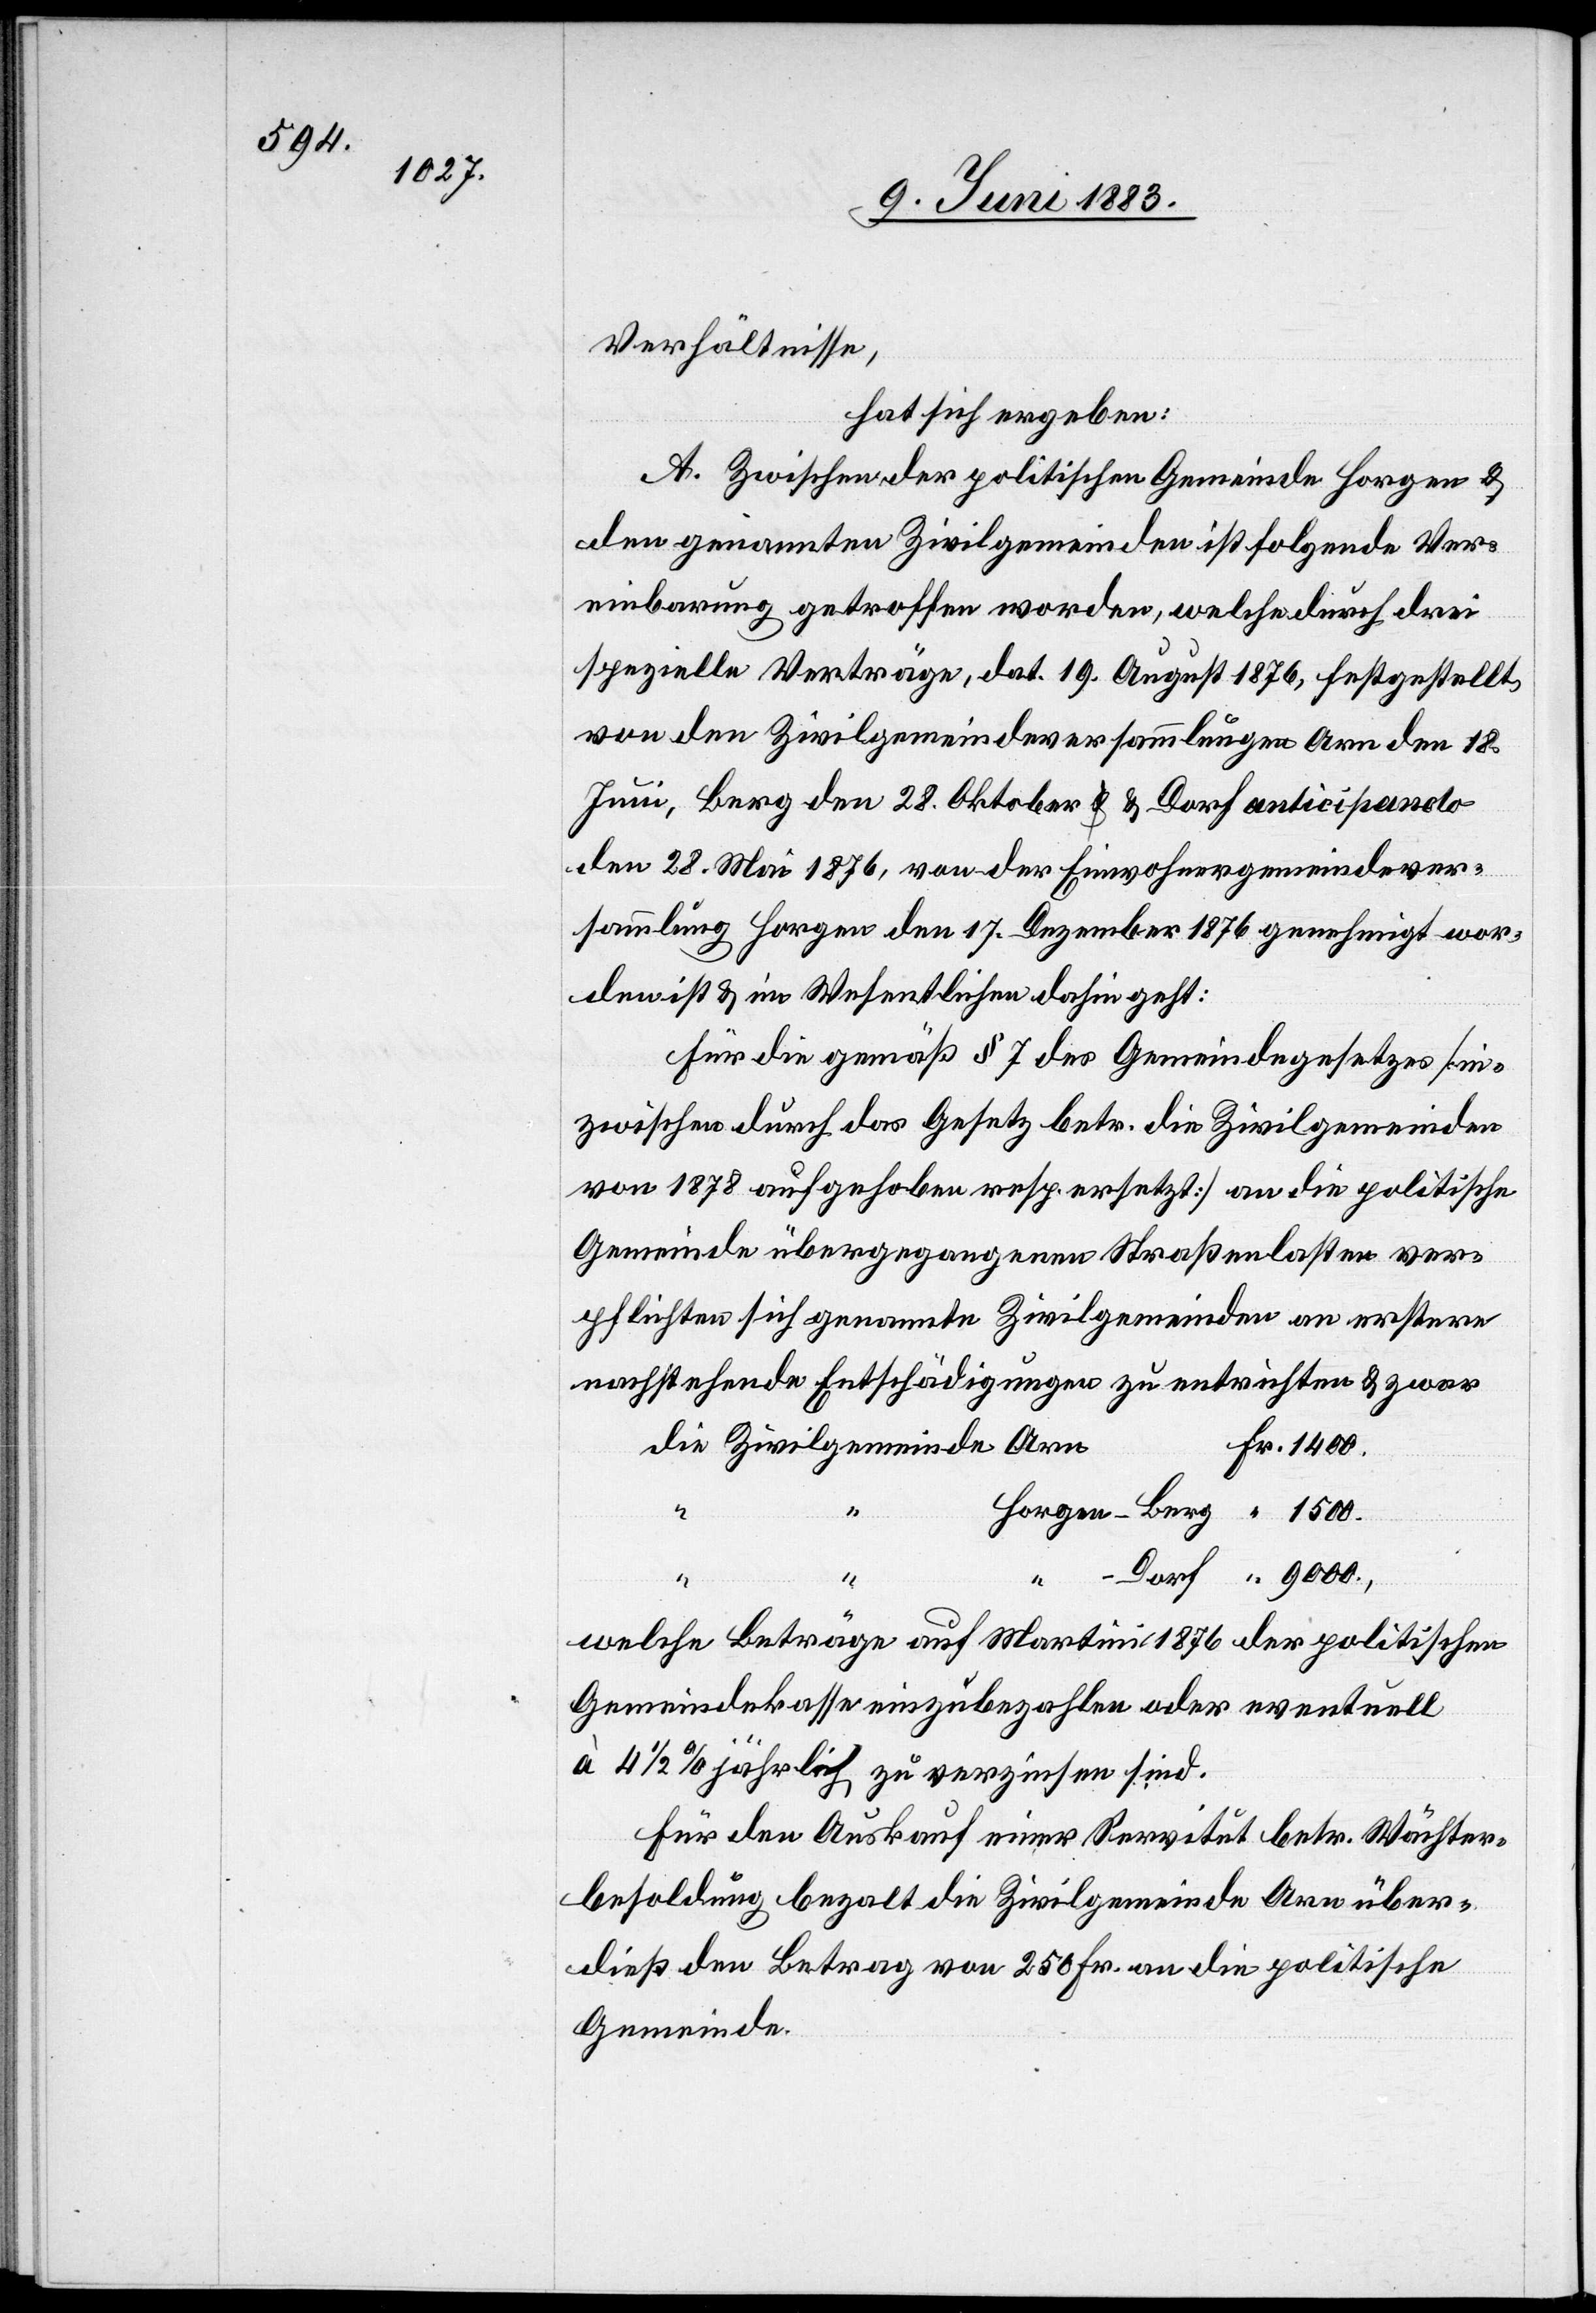
Verhältnisse,
hat sich ergeben:
A. Zwischen der politischen Gemeinde Horgen &
den genannten Zivilgemeinden ist folgende Ver¬
einbarung getroffen worden, welche durch drei
spezielle Verträge, dat. 19. August 1876, festgestellt
von den Zivilgemeindeversammlungen Arn den 18.
Juni, Berg den 28. Oktober & Dorf anticipando
den 28. Mai 1876, von der Einwohnergemeindever¬
sammlung Horgen den 17. Dezember 1876 genehmigt wor¬
den ist & im Wesentlichen dahin geht:
Für die gemäß § 7 des Gemeindegesetzes [in¬
zwischen durch das Gesetz betr. die Zivilgemeinden
von 1878 aufgehoben resp. ersetzt] an die politische
Gemeinde übergegangenen Straßenlasten ver¬
pflichten sich genannte Zivilgemeinden an erstere
nachstehende Entschädigungen zu entrichten & zwar
Fr.
1400.
welche Beträge auf Martini 1876 der politischen
Gemeindekasse einzubezahlen oder eventuell
à 4 1/2% jährlich zu verzinsen sind.
Für den Auskauf einer Servitut betr. Wächter¬
besoldung bezalt die Zivilgemeinde Arn über¬
dieß den Betrag von 250 Fr. an die politische
Gemeinde.